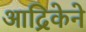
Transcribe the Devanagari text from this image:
आद्रिकेने